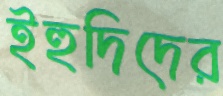
ইহুদিদের